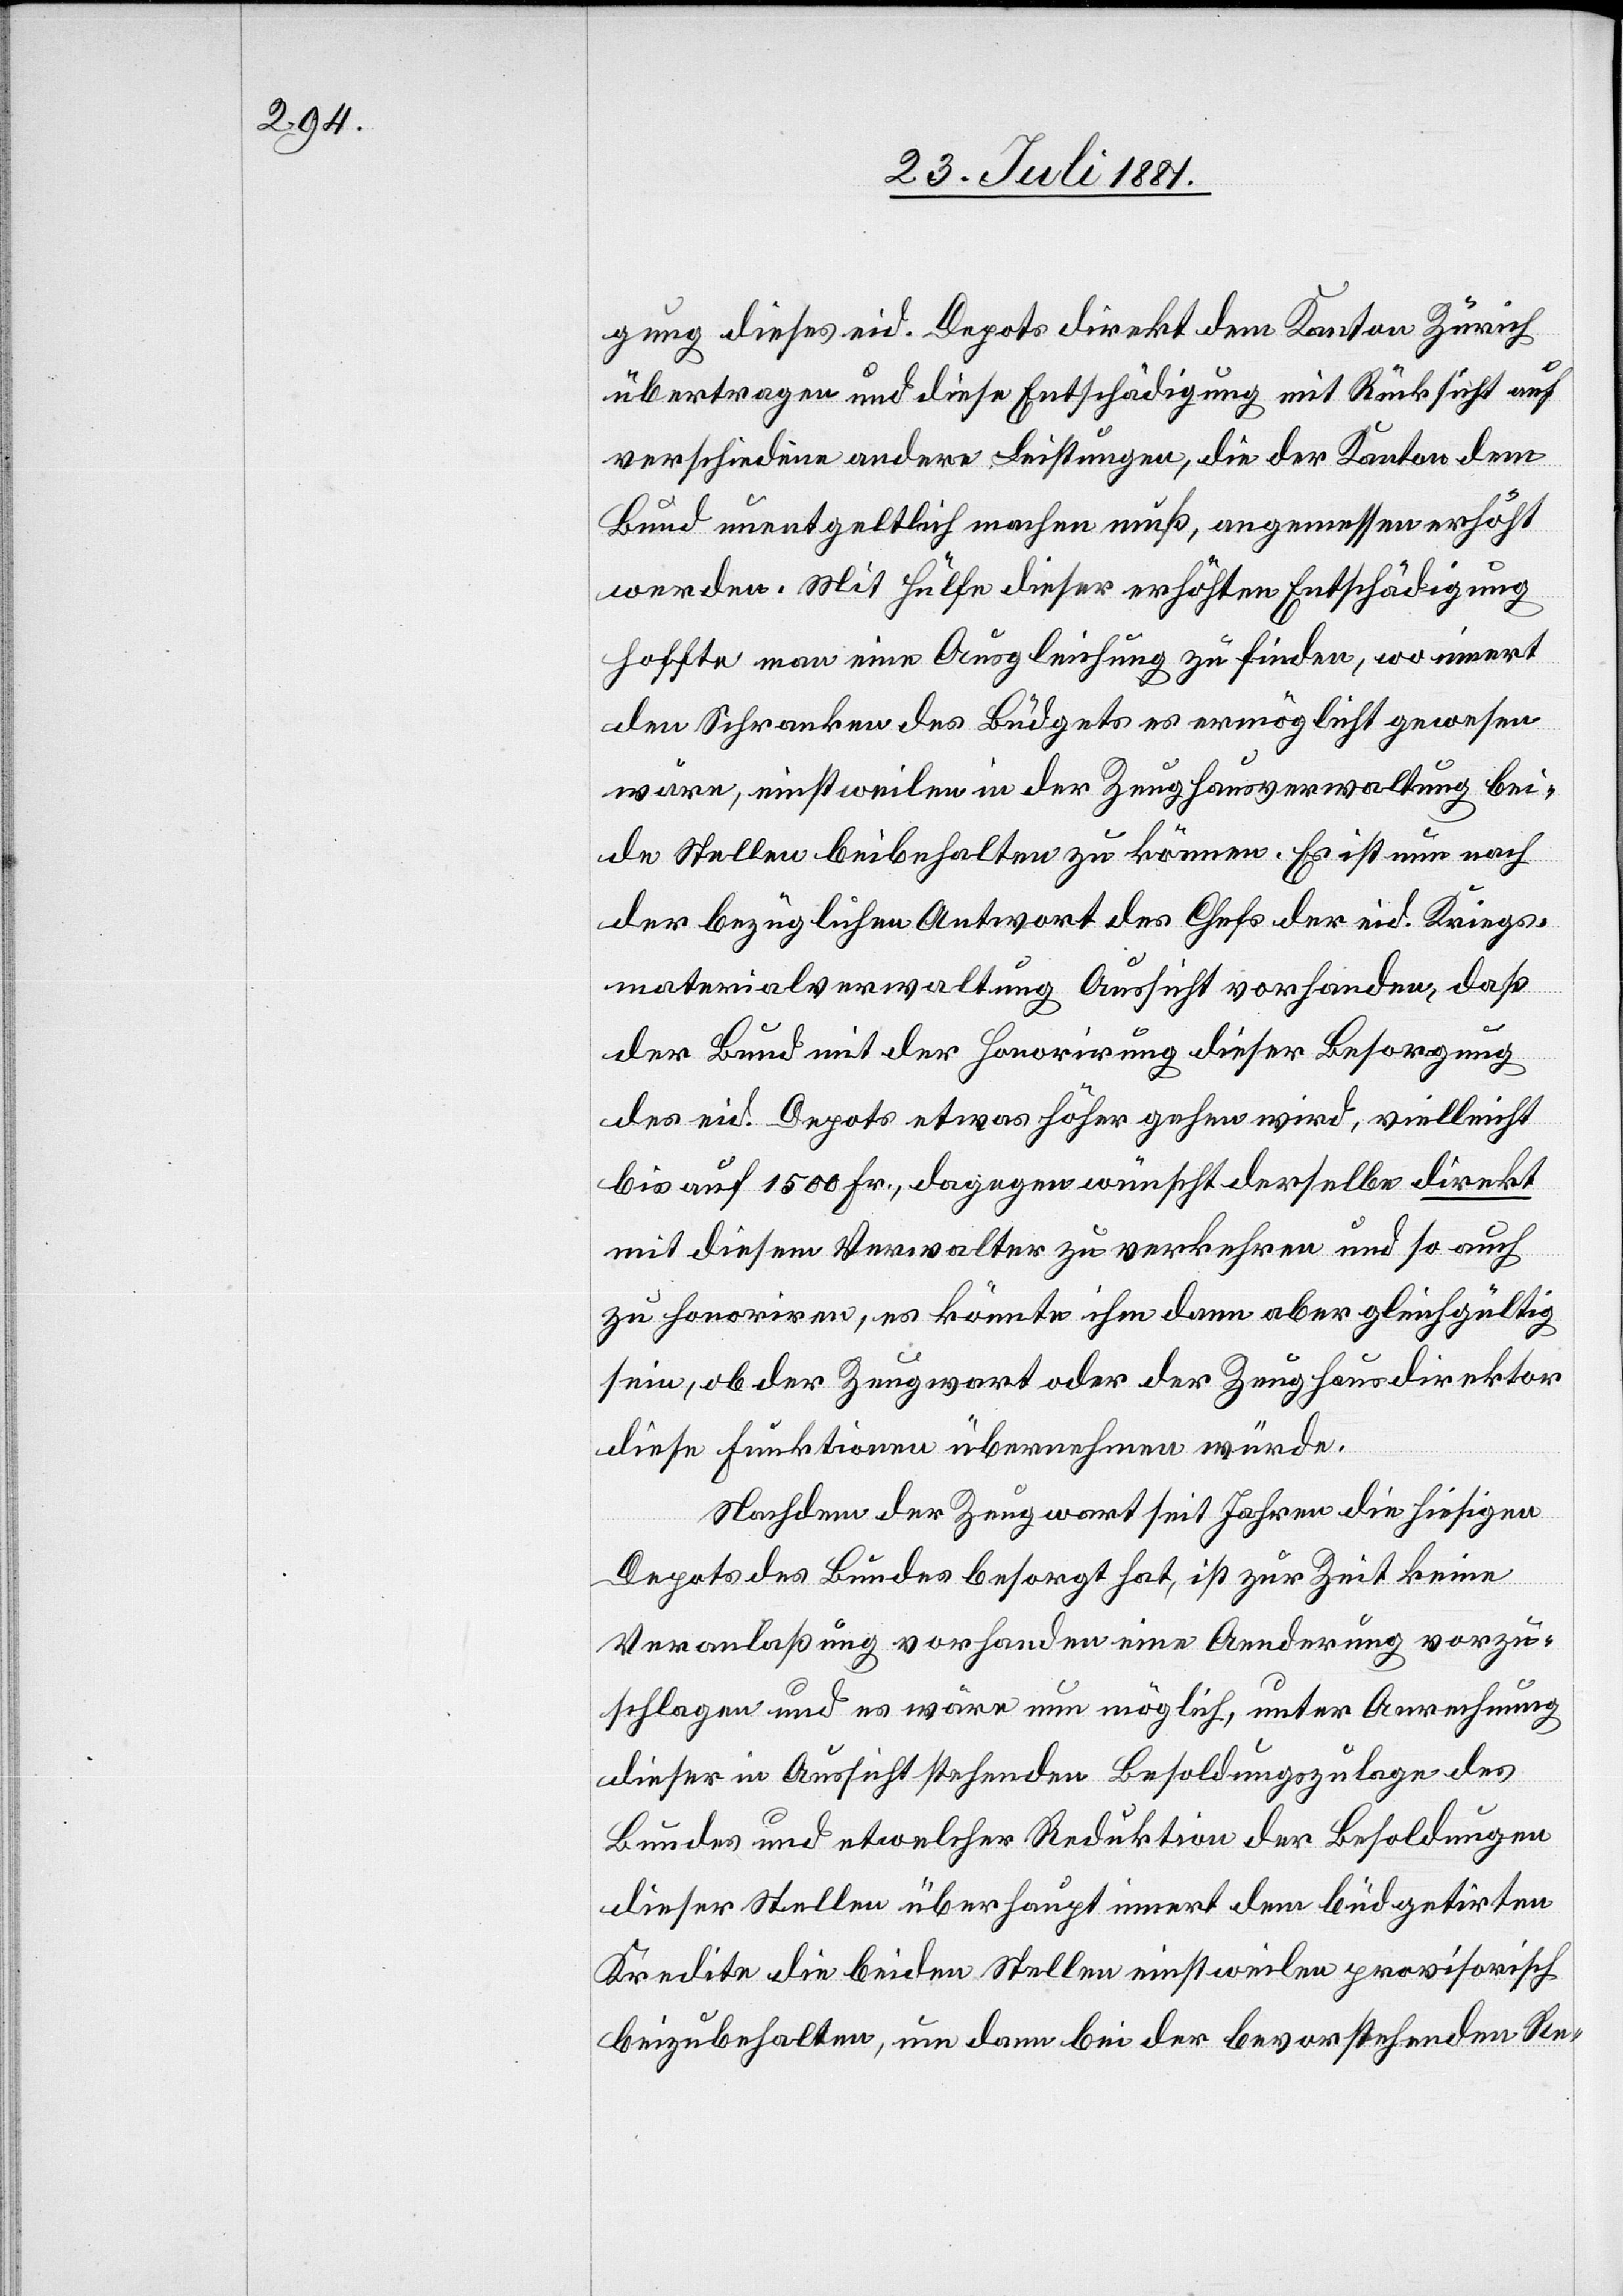
gung dieses eid. Depots direkt dem Kanton Zürich
übertragen und diese Entschädigung mit Rücksicht auf
verschiedene andere Leistungen, die der Kanton dem
Bund unentgeltlich machen muß, angemessen erhöht
werden. Mit Hülfe dieser erhöhten Entschädigung
hoffte man eine Ausgleichung zu finden, wo innert
den Schranken des Budgets es ermöglicht gewesen
wäre, einstweilen in der Zeughausverwaltung bei¬
de Stellen beibehalten zu können. Es ist nun nach
der bezüglichen Antwort des Chefs der eid. Kriegs¬
materialverwaltung Aussicht vorhanden, daß
der Bund mit der Honorirung dieser Besorgung
des eid. Depots etwas höher gehen wird, vielleicht
bis auf 1500 Fr., dagegen wünscht derselbe direkt
mit diesem Verwalter zu verkehren und so auch
zu honoriren, es könnte ihm dann aber gleichgültig
sein, ob der Zeugwart oder der Zeughausdirektor
diese Funktion übernehmen würde.
Nachdem der Zeugwart seit Jahren die hiesigen
Depots des Bundes besorgt hat, ist zur Zeit keine
Veranlaßung vorhanden eine Aenderung vorzu¬
schlagen und es wäre nun möglich, unter Anrechnung
dieser in Aussicht stehenden Besoldungszulage des
Bundes und etwelcher Reduktion der Besoldungen
dieser Stellen überhaupt innert dem büdgetirten
Kredite die beiden Stellen einstweilen provisorisch
beizubehalten, um dann bei der bevorstehenden Re-